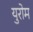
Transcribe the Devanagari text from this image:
युरोम